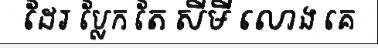
ដែរ ប្លែក តែ សីមី លោង គេ